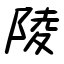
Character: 陵